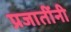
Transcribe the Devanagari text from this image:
प्रजातींनी